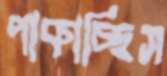
পাকাচ্ছিস